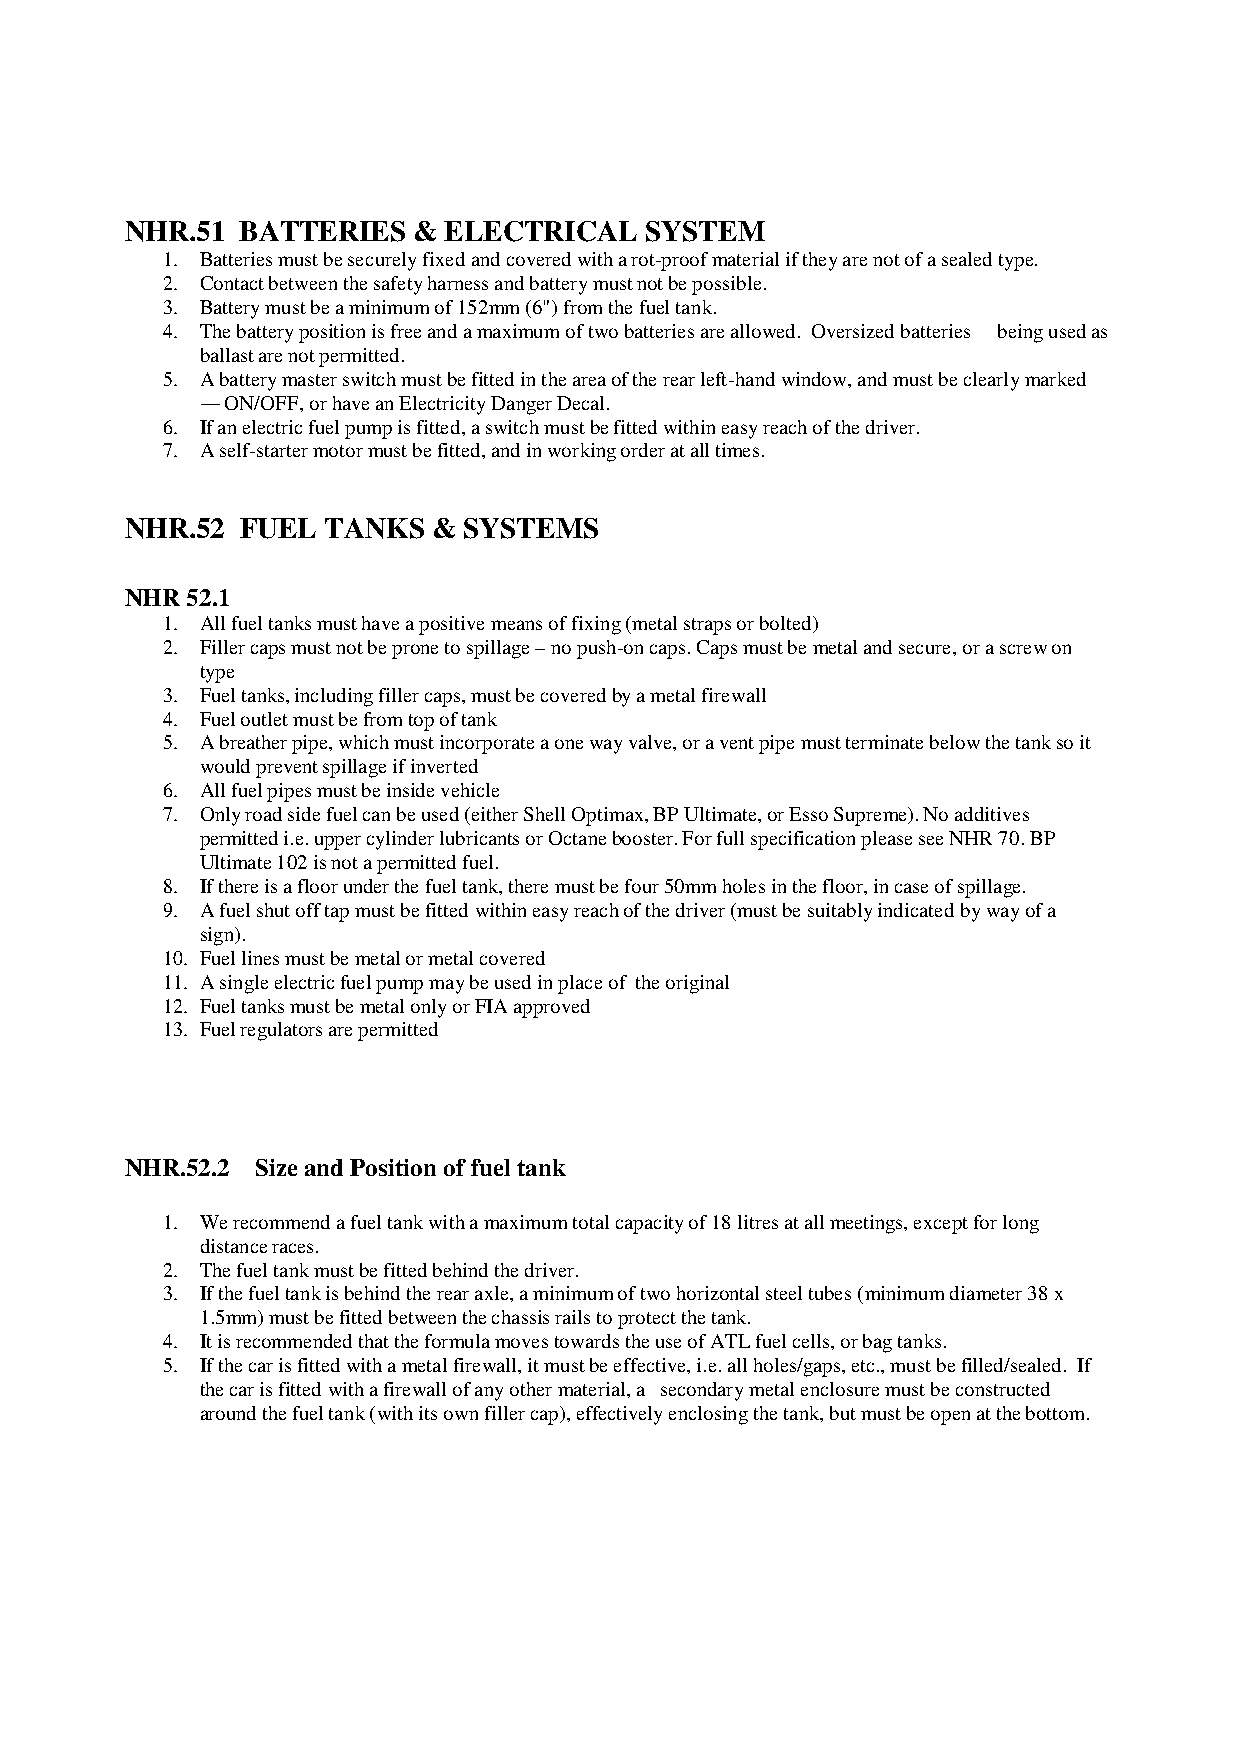
NHR.51  BATTERIES  & ELECTRICAL    SYSTEM
 1. Batteries must be securely fixed and covered with a rot-proof material if they are not of a sealed type.
 2. Contact between the safety harness and battery must not be possible.
 3. Battery must be a minimum of 152mm (6") from the fuel tank.
 4. The battery position is free and a maximum of two batteries are allowed. Oversized batteries being used as
 ballast are not permitted.
 5. A battery master switch must be fitted in the area of the rear left-hand window, and must be clearly marked
 ― ON/OFF, or have an Electricity Danger Decal.
 6. If an electric fuel pump is fitted, a switch must be fitted within easy reach of the driver.
 7. A self-starter motor must be fitted, and in working order at all times.
 NHR.52  FUEL  TANKS  & SYSTEMS
 NHR 52.1
 1. All fuel tanks must have a positive means of fixing (metal straps or bolted)
 2. Filler caps must not be prone to spillage – no push-on caps. Caps must be metal and secure, or a screw on
 type
 3. Fuel tanks, including filler caps, must be covered by a metal firewall
 4. Fuel outlet must be from top of tank
 5. A breather pipe, which must incorporate a one way valve, or a vent pipe must terminate below the tank so it
 would prevent spillage if inverted
 6. All fuel pipes must be inside vehicle
 7. Only road side fuel can be used (either Shell Optimax, BP Ultimate, or Esso Supreme). No additives
 permitted i.e. upper cylinder lubricants or Octane booster. For full specification please see NHR 70. BP
 Ultimate 102 is not a permitted fuel.
 8. If there is a floor under the fuel tank, there must be four 50mm holes in the floor, in case of spillage.
 9. A fuel shut off tap must be fitted within easy reach of the driver (must be suitably indicated by way of a
 sign).
 10. Fuel lines must be metal or metal covered
 11. A single electric fuel pump may be used in place of the original
 12. Fuel tanks must be metal only or FIA approved
 13. Fuel regulators are permitted
 NHR.52.2 Size and Position of fuel tank
 1. We recommend a fuel tank with a maximum total capacity of 18 litres at all meetings, except for long
 distance races.
 2. The fuel tank must be fitted behind the driver.
 3. If the fuel tank is behind the rear axle, a minimum of two horizontal steel tubes (minimum diameter 38 x
 1.5mm) must be fitted between the chassis rails to protect the tank.
 4. It is recommended that the formula moves towards the use of ATL fuel cells, or bag tanks.
 5. If the car is fitted with a metal firewall, it must be effective, i.e. all holes/gaps, etc., must be filled/sealed. If
 the car is fitted with a firewall of any other material, a secondary metal enclosure must be constructed
 around the fuel tank (with its own filler cap), effectively enclosing the tank, but must be open at the bottom.